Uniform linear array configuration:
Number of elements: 32
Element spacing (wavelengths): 0.5
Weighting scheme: hamming
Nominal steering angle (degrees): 30
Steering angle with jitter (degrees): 29.444
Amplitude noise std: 0.05
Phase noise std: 0.05

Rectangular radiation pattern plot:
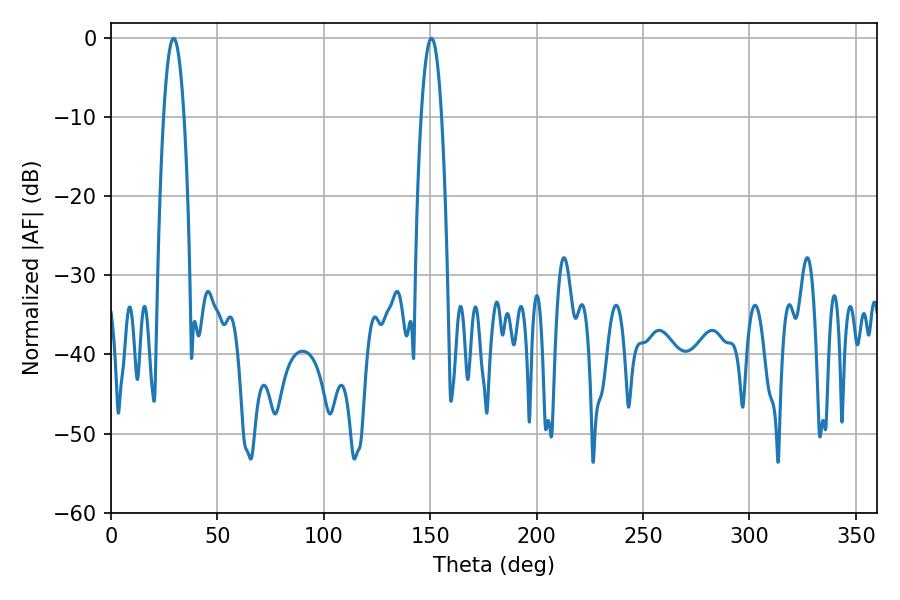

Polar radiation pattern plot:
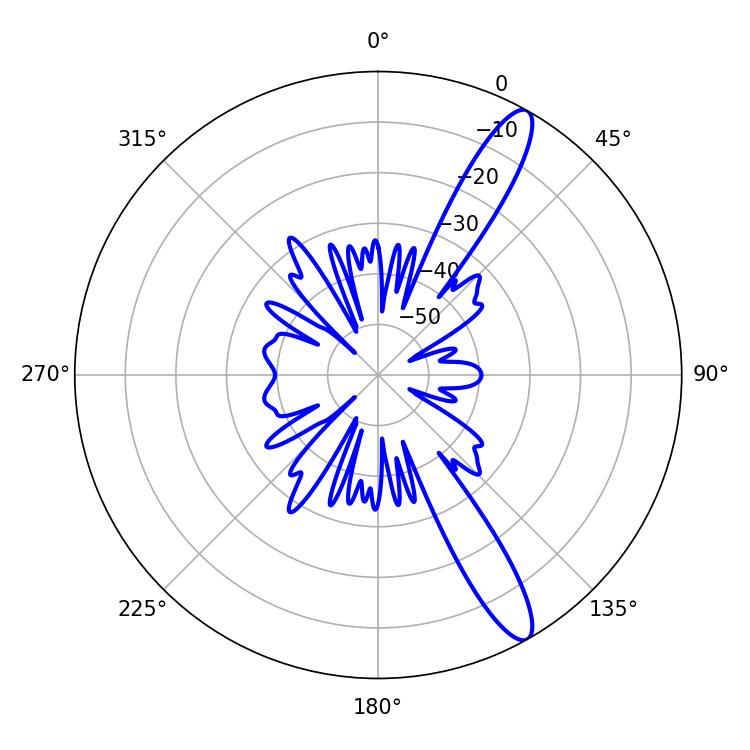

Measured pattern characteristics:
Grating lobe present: FALSE
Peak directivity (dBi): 13.1
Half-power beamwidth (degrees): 5.22
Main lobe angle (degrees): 29.34